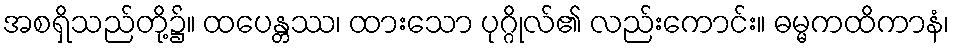
အစရှိသည်တို့၌။ ထပေန္တဿ၊ ထားသော ပုဂ္ဂိုလ်၏ လည်းကောင်း။ ဓမ္မကထိကာနံ၊